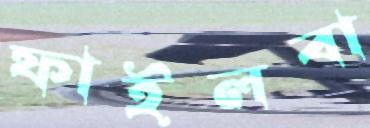
ফাইলবা